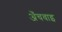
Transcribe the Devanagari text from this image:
अँचवाइ